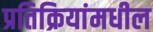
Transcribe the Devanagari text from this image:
प्रतिक्रियांमधील